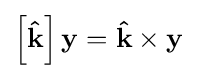
\left[\mathbf {\hat {k}} \right]\mathbf {y} =\mathbf {\hat {k}} \times \mathbf {y}